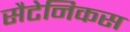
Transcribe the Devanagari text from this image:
सैटेनिकस